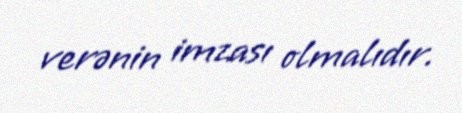
verənin imzası olmalıdır.